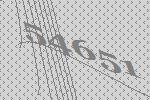
54651